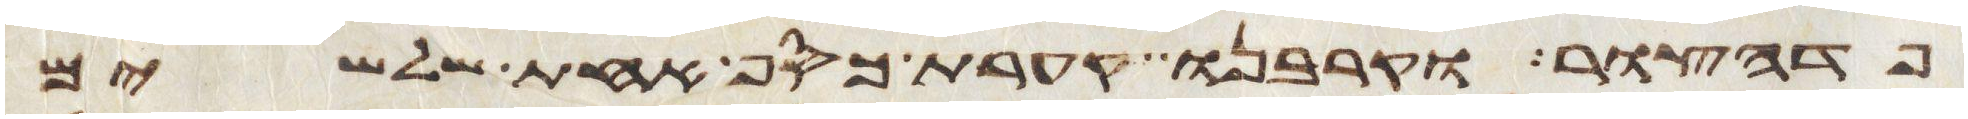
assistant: פדהצור וקרבנו קערת כסף אחת שלשים